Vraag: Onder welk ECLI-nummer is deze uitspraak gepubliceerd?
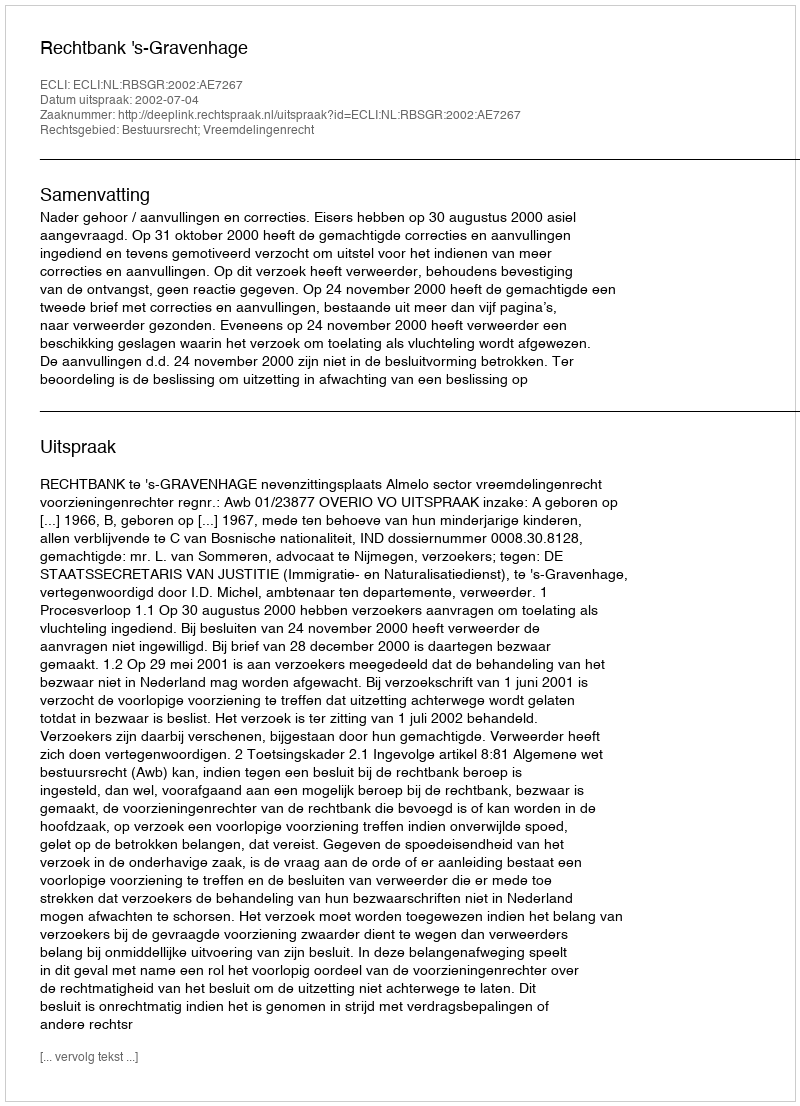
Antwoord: ECLI:NL:RBSGR:2002:AE7267